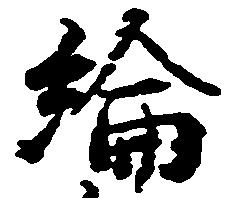
綸